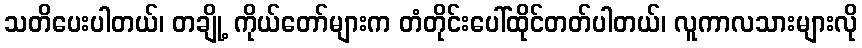
သတိပေးပါတယ်၊ တချို့ ကိုယ်တော်များက တံတိုင်းပေါ်ထိုင်တတ်ပါတယ်၊ လူကာလသားများလို